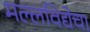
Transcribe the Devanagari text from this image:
मल्लविद्येचा